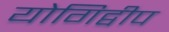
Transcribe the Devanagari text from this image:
योगिद्वीप